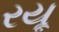
રયૂ